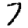
Digit: 7